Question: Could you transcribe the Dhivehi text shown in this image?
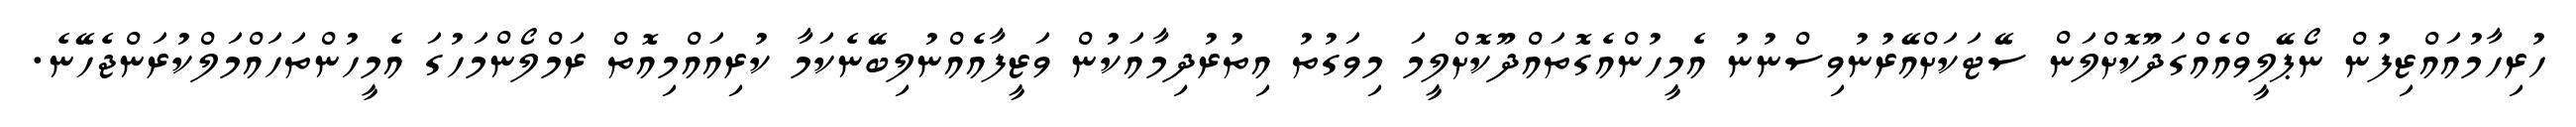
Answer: ހުރިހާމުއައްޒިފުން ނޯޕޭލީވްއެއްގަދޫކޮށްލަން ސޭޓަކަށްއޭރުނުވިސްނުނު އެމީހުންއެގޮތައްދޫކޮށްލީމަ މިވަގުތު އިތުރުދިމާއަކުން ވަޒީފާއެއްނުލިބޭނެކަމާ ކުރިއައްމިއޮތް ރަމްލޯންމަހުގަ އެމީހުންތަހައްމަލްކުރަންޖެހޭނެ.